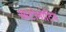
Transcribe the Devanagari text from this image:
आटोमोटिव